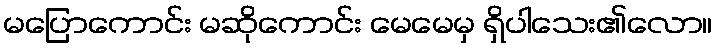
မပြောကောင်း မဆိုကောင်း မေမေမှ ရှိပါသေး၏လော။